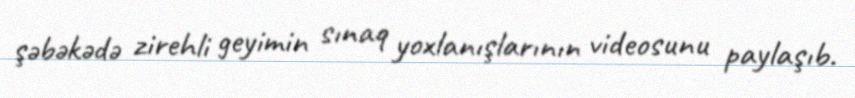
şəbəkədə zirehli geyimin sınaq yoxlanışlarının videosunu paylaşıb.